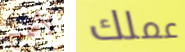
لأسمح عملك